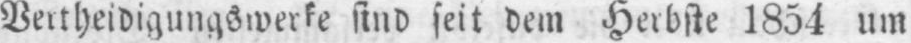
Vertheidigungswerke sind seit dem Herbste 1854 um